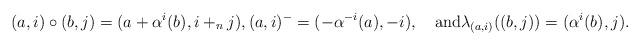
LaTeX: \begin{align*}(a,i)\circ (b,j)=(a+\alpha^i(b),i+_n j),(a,i)^{-}=(-\alpha^{-i}(a),-i),\quad{\rm and}\lambda_{(a,i)}((b,j))=(\alpha^i(b),j).\end{align*}